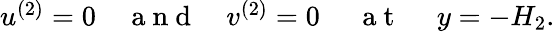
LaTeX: \begin{array}{r}{u^{(2)}=0~~~~\mathrm{~a~n~d~}~~~~v^{(2)}=0~~~~~\mathrm{~a~t~}~~~~~y=-H_{2}.}\end{array}